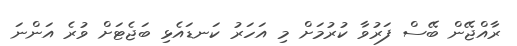
ރާއްޖޭން ބޭސް ފަރުވާ ކުރުމަށް މި އަހަރު ކަނޑައެޅި ބަޖެޓަށް ވުރެ އަންނަ